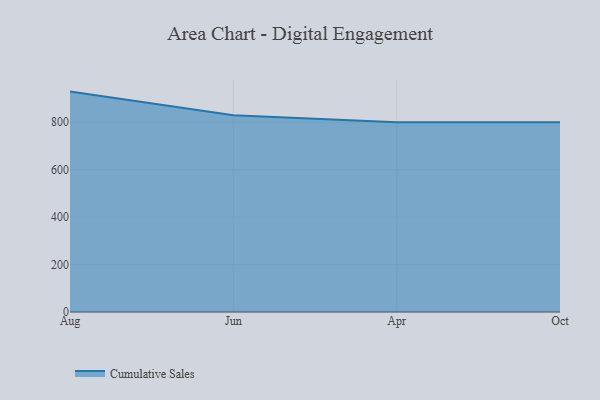
{"axis": {"x": "Month", "y": "Churn Rate (%)"}, "legend": ["Cumulative Sales"], "data": [{"x": "Aug", "y": 929.2, "type": "Cumulative Sales"}, {"x": "Jun", "y": 829.3, "type": "Cumulative Sales"}, {"x": "Apr", "y": 800, "type": "Cumulative Sales"}, {"x": "Oct", "y": 800, "type": "Cumulative Sales"}]}